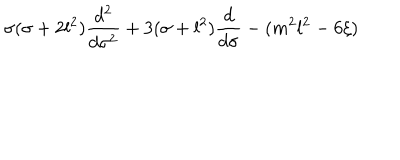
\sigma ( \sigma + 2 l ^ { 2 } ) \frac { d ^ { 2 } } { d \sigma ^ { 2 } } + 3 ( \sigma + l ^ { 2 } ) \frac { d } { d \sigma } - ( m ^ { 2 } l ^ { 2 } - 6 \xi )